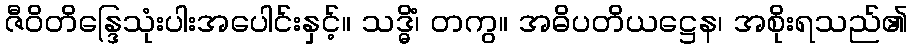
ဇီဝိတိန္ဒြေသုံးပါးအပေါင်းနှင့်။ သဒ္ဓိံ၊ တကွ။ အဓိပတိယဋ္ဌေန၊ အစိုးရသည်၏